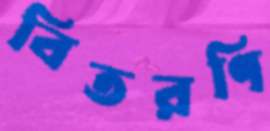
বিতরণি